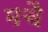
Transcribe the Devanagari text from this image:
मचै